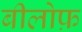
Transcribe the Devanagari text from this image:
बीलोफ़